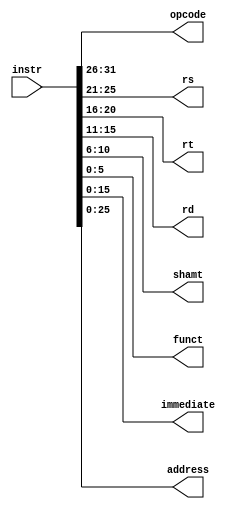
module InstructionDecoder (
    input [31:0] instr, // instruo
    output [5:0] opcode, // cdigo de operao
    output [4:0] rs, // registrador fonte 1
    output [4:0] rt, // registrador fonte 2
    output [4:0] rd, // registrador destino
    output [4:0] shamt, // deslocamento
    output [5:0] funct, // funo
    output [15:0] immediate, // valor imediato
    output [25:0] address // endereo de jump
);

    assign opcode = instr[31:26];
    assign rs = instr[25:21];
    assign rt = instr[20:16];
    assign rd = instr[15:11];
    assign shamt = instr[10:6];
    assign funct = instr[5:0];
    assign immediate = instr[15:0];
    assign address = instr[25:0];

endmodule